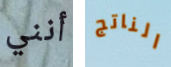
أنني الناتج